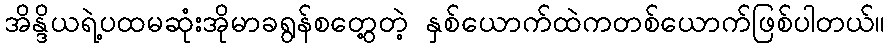
အိန္ဒိယရဲ့ပထမဆုံးအိုမာခရွန်စတွေ့တဲ့ နှစ်ယောက်ထဲကတစ်ယောက်ဖြစ်ပါတယ်။